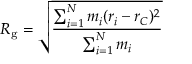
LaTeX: R _ { \mathrm { g } } = { \sqrt { \frac { \sum _ { i = 1 } ^ { N } m _ { i } ( r _ { i } - r _ { C } ) ^ { 2 } } { \sum _ { i = 1 } ^ { N } m _ { i } } } }